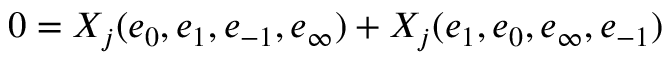
0 = X _ { j } ( e _ { 0 } , e _ { 1 } , e _ { - 1 } , e _ { \infty } ) + X _ { j } ( e _ { 1 } , e _ { 0 } , e _ { \infty } , e _ { - 1 } )